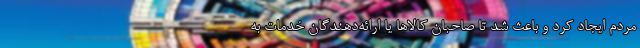
مردم ایجاد کرد و باعث شد تا صاحبان کالاها یا ارائه‌دهندگان خدمات به